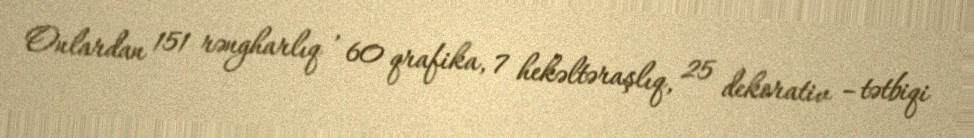
Onlardan 151 rəngharlıq , 60 qrafika, 7 hekəltəraşlıq, 25 dekorativ –tətbiqi